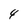
Character: 4